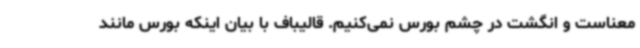
معناست و انگشت در چشم بورس نمی‌کنیم. قالیباف با بیان اینکه بورس مانند